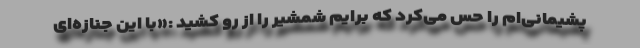
پشیمانی‌ام را حس می‌کرد که برایم شمشیر را از رو کشید :«با این جنازه‌ای